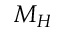
M _ { H }